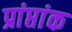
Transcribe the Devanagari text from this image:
प्रांप्तांक